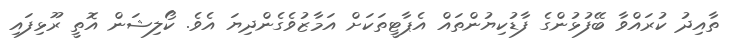
ތާއިދު ކުރައްވާ ބޭފުޅުންގެ ފާޑުކިޔުންތައް އެޕާޓީތަކަށް އަމާޒުވެގެންދިޔަ އެވެ. ކޯލިޝަން އޮތީ ރޫޅިފައި